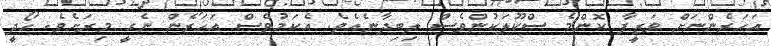
އަހަރެންނަށް ވަޒީފާ ކޮންމެ ސްކޫލަކުންވެސް ލިބިދާނެއެވެ. އެކަމުވެސް އަހަރެން ނެގީ މިރަށެވެ. ހޯދީ